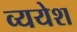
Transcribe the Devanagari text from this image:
व्ययेश